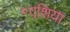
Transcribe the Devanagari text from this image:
॰एशिया